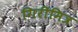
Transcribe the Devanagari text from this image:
गिरीमित्र